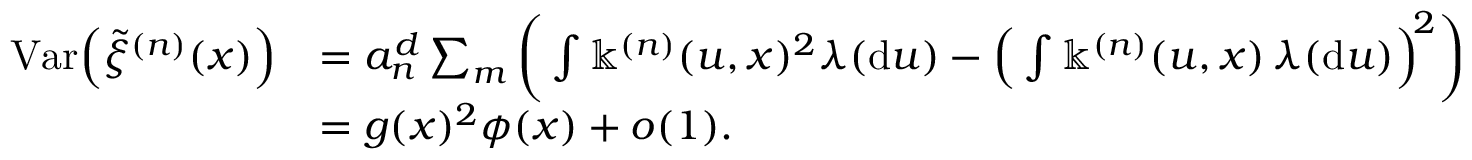
\begin{array} { r l } { \mathrm { V a r } \Big ( \tilde { \xi } ^ { ( n ) } ( x ) \Big ) } & { = a _ { n } ^ { d } \sum _ { m } \bigg ( \int \mathbb { k } ^ { ( n ) } ( u , x ) ^ { 2 } \lambda ( \mathrm { d } u ) - \Big ( \int \mathbb { k } ^ { ( n ) } ( u , x ) \, \lambda ( \mathrm { d } u ) \Big ) ^ { \! 2 } \bigg ) } \\ & { = g ( x ) ^ { 2 } \phi ( x ) + o ( 1 ) . } \end{array}